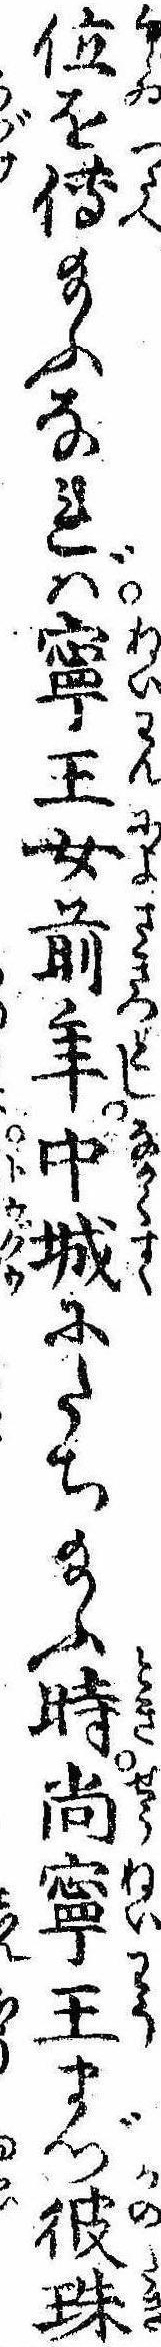
位を伝給ふなれば寧王女前年中城にたち給ふ時尚寧王まづ彼珠